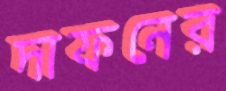
দাফনের